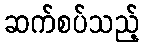
ဆက်စပ်သည့်